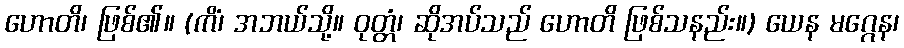
ဟောတိ၊ ဖြစ်၏။ (ကိံ၊ အဘယ်သို့။ ဝုတ္တံ၊ ဆိုအပ်သည် ဟောတိ ဖြစ်သနည်း။) ယေန မဂ္ဂေန၊